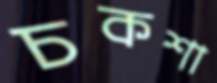
চকশা